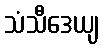
သံသီဒေယျ